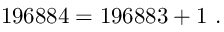
1 9 6 8 8 4 = 1 9 6 8 8 3 + 1 \ .